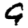
Digit: 9